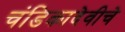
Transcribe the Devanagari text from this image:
चंडिकादेवीचे